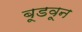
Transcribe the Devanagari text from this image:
बूडवून